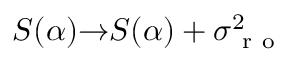
S ( \alpha ) { \rightarrow } S ( \alpha ) + \sigma _ { \mathrm { ~ r ~ o ~ } } ^ { 2 }